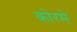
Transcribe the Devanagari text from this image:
कोरमे